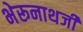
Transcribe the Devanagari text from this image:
भेरूनाथजी